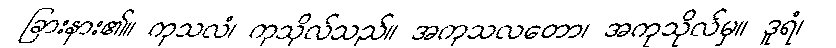
ခြားနား၏။ ကုသလံ၊ ကုသိုလ်သည်။ အကုသလတော၊ အကုသိုလ်မှ။ ဒူရံ၊